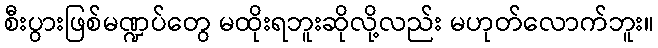
စီးပွားဖြစ်မဏ္ဍပ်တွေ မထိုးရဘူးဆိုလို့လည်း မဟုတ်လောက်ဘူး။